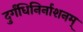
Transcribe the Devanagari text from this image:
दुर्गंधिनिर्नाशनम्